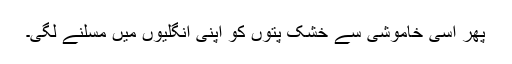
پھر اسی خاموشی سے خشک پتوں کو اپنی انگلیوں میں مسلنے لگی۔